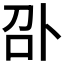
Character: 𠧙